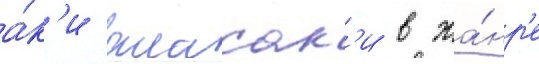
а́к'и акасак'и в жа́нр'е